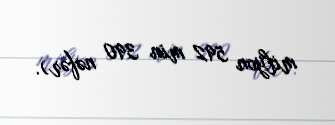
milyon 592 min 390 nəfər).